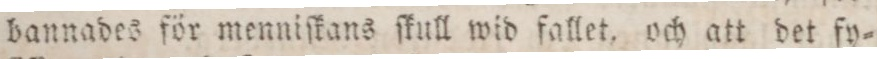
bannades för menniſkans ſkull wid fallet. och att det fy=